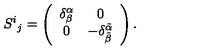
S ^ { i } { } _ { j } = \left( \begin{array} { c c } { \delta _ { \beta } ^ { \alpha } } & { 0 } \\ { 0 } & { - \delta _ { \tilde { \beta } } ^ { \tilde { \alpha } } } \\ \end{array} \right) .